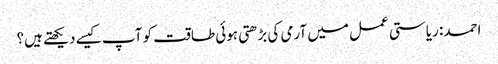
احمد: ریاستی عمل میں آرمی کی بڑھتی ہوئی طاقت کو آپ کیسے دیکھتے ہیں؟